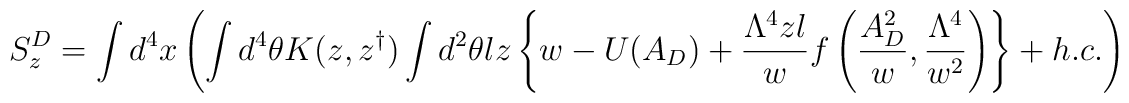
S_z^D=\int d^4 x \left(\int d^4 \theta K(z,z^{\dagger})\int d^2 \theta l z \left\{w-U(A_D)+\frac{\Lambda^4 zl}{w}f\left( \frac{A_D^2}{w},\frac{\Lambda^4 }{w^2}\right) \right\}+h.c.\right)